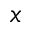
x